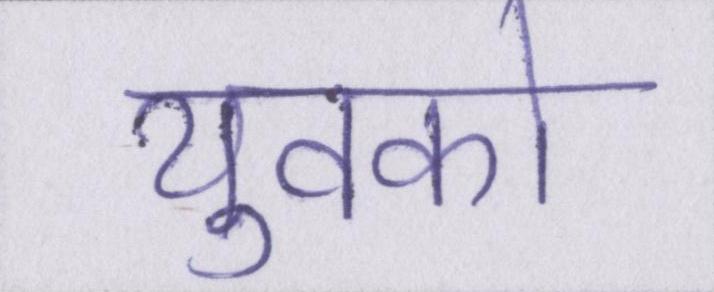
युवको